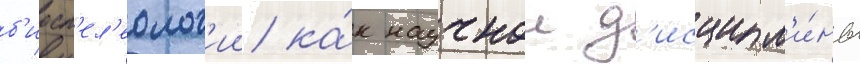
б'иосп'ел'еолог'ии ка́к научнои д'исципл'и́ны